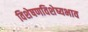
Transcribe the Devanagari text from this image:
विशेषणविशेष्यभाव